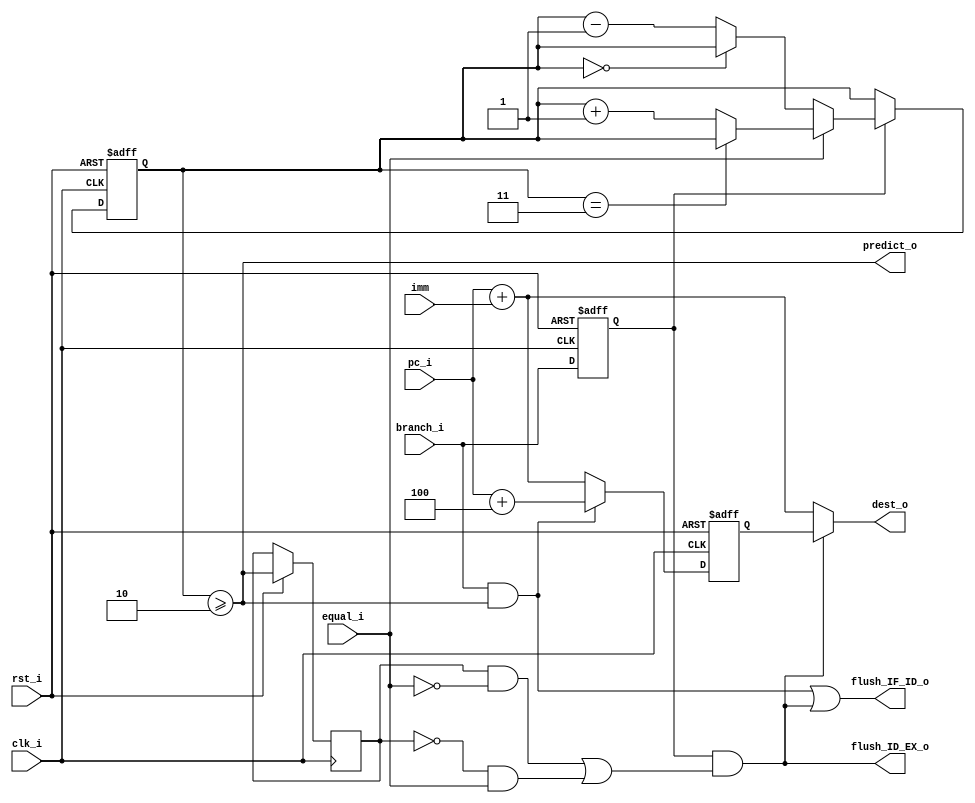
module Branch_Predictor
(
    input               clk_i,
    input               rst_i,
    input               branch_i,
    input [31:0]        pc_i,
    input [31:0]        imm,
    input               equal_i,
    output              predict_o,
    output [31:0]       dest_o,
    output              flush_IF_ID_o,
    output              flush_ID_EX_o
);

// Register File
reg                  branch = 1'b0;
reg  [31:0]            dest = 32'b0;
reg                 predict = 1'b0;
reg   [1:0]           state = 2'b11;

// Temporary variables
wire                  taken = branch_i & predict_o;
wire             mispredict = branch & ((predict & ~equal_i) | (~predict & equal_i));
wire [31:0]          backup;

// Read Data
assign     predict_o = state >= 2'b10;
assign        dest_o = mispredict ? dest : pc_i + imm;
assign        backup = taken ? (pc_i + 4) : (pc_i + imm);
assign flush_IF_ID_o = taken | mispredict;
assign flush_ID_EX_o =         mispredict;

always@(posedge clk_i or negedge rst_i) begin
    if (!rst_i) begin
        branch <= 1'b0;
        dest <= 32'b0;
        state <= 2'b11;
    end
    else begin
        branch <= branch_i;
        dest <= backup;
        predict <= predict_o;
        if (branch) begin
            if (equal_i) begin
                state <= (state == 2'b11) ? state : state + 1;
            end else begin
                state <= (state == 2'b00) ? state : state - 1;
            end
        end
    end
end


endmodule